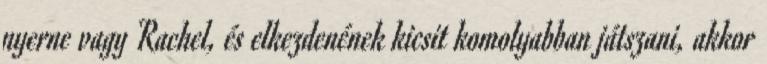
nyerne vagy Rachel, és elkezdenének kicsit komolyabban játszani, akkor